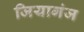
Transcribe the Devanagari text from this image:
जियागंज